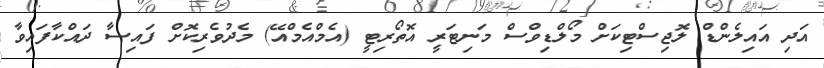
އަދި އައިލެންޑް ލޮޖިސްޓިކަށް މޯލްޑިވްސް މަނިޓަރީ އޮތޯރިޓީ (އެމްއެމްއޭ) މެދުވެރިކޮށް ފައިސާ ދައްކާފައިވާ